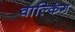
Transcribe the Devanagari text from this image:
वाल्किंग